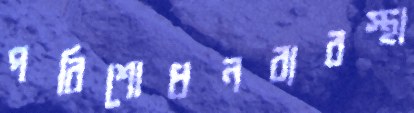
পরিশোধনব্যবস্থা